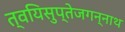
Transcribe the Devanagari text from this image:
त्वयिसुप्तेजगन्नाथ